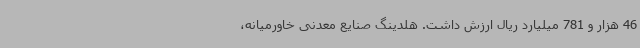
46 هزار و 781 میلیارد ریال ارزش داشت. هلدینگ صنایع معدنی خاورمیانه،